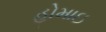
હોમાઇ